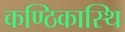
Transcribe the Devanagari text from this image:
कण्ठिकास्थि